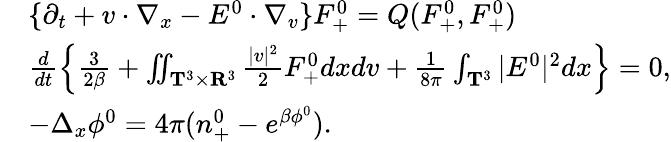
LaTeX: \begin{array}{rl}&{\{ \partial_{t}+v\cdot\nabla_{x}-E^{0}\cdot\nabla_{v}\} F_{+}^{0}=Q(F_{+}^{0},F_{+}^{0})}\\ &{\frac{d}{dt}\left\{ \frac{3}{2\beta}+\iint_{\mathbf T^{3}\times\mathbf R^{3}}\frac{|v|^{2}}{2}F_{+}^{0}dxdv+\frac{1}{8\pi}\int_{\mathbf T^{3}}|E^{0}|^{2}dx\right\} =0,}\\ &{-\Delta_{x}\phi^{0}=4\pi(n_{+}^{0}-e^{\beta\phi^{0}}).}\end{array}